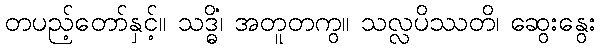
တပည့်တော်နှင့်။ သဒ္ဓိံ၊ အတူတကွ။ သလ္လပိဿတိ၊ ဆွေးနွေး